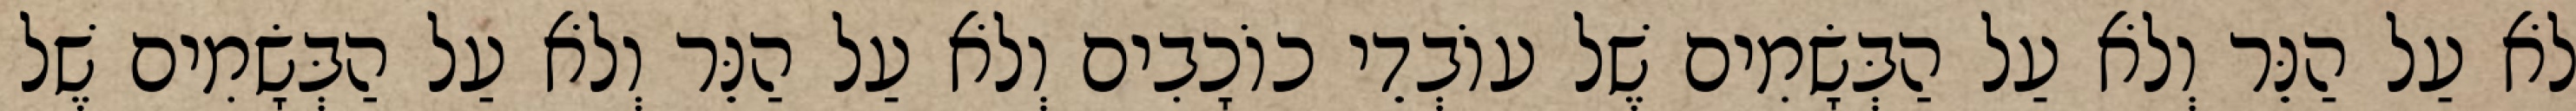
לֹא עַל הַנֵּר וְלֹא עַל הַבְּשָׂמִים שֶׁל עוֹבְדֵי כוֹכָבִים וְלֹא עַל הַנֵּר וְלֹא עַל הַבְּשָׂמִים שֶׁל